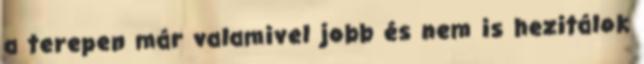
a terepen már valamivel jobb és nem is hezitálok